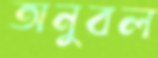
অনুবল